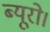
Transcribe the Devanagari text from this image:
ब्यूरो।